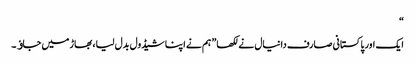
“
ایک اور پاکستانی صارف دانیال نے لکھا” ہم نے اپنا شیڈول بدل لیا، بھاڑ میں جاﺅ۔